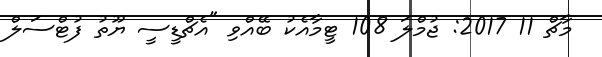
މާޗް 11 2017: ޖުމްލަ 108 ޓީމާއެކު ބޭއްވި "އެޗްޑީސީ ޔޫތު ފުޓްސަލް